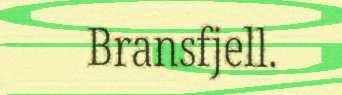
Bransfjell.